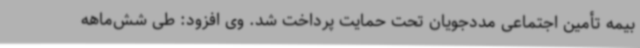
بیمه تأمین اجتماعی مددجویان تحت حمایت پرداخت شد. وی افزود: طی شش‌ماهه